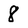
Character: 8